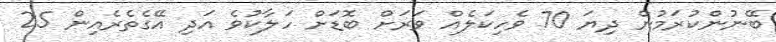
ބޭނުންކުރަމުން ދިޔަ 70 ވެހިކަލެއް ވަރަށް ބޮޑަށް ހަލާކުވެ އަދި އޭގެތެރެއިން 25